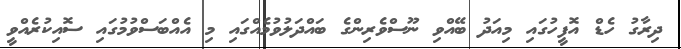
ދިރާގު ހެޑް އޮފީހުގައި މިއަދު ބޭއްވި ނޫސްވެރިންގެ ބައްދަލުވުމެއްގައި މި އެއްބަސްވުމުގައި ސޮއިކުރެއްވީ